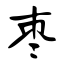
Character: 枣